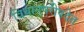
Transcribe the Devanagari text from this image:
विधानपरीषदेत